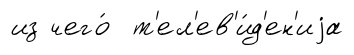
из чего́ т'ел'ев'и́д'ен'иjа